Juri_Uluots, lk 12
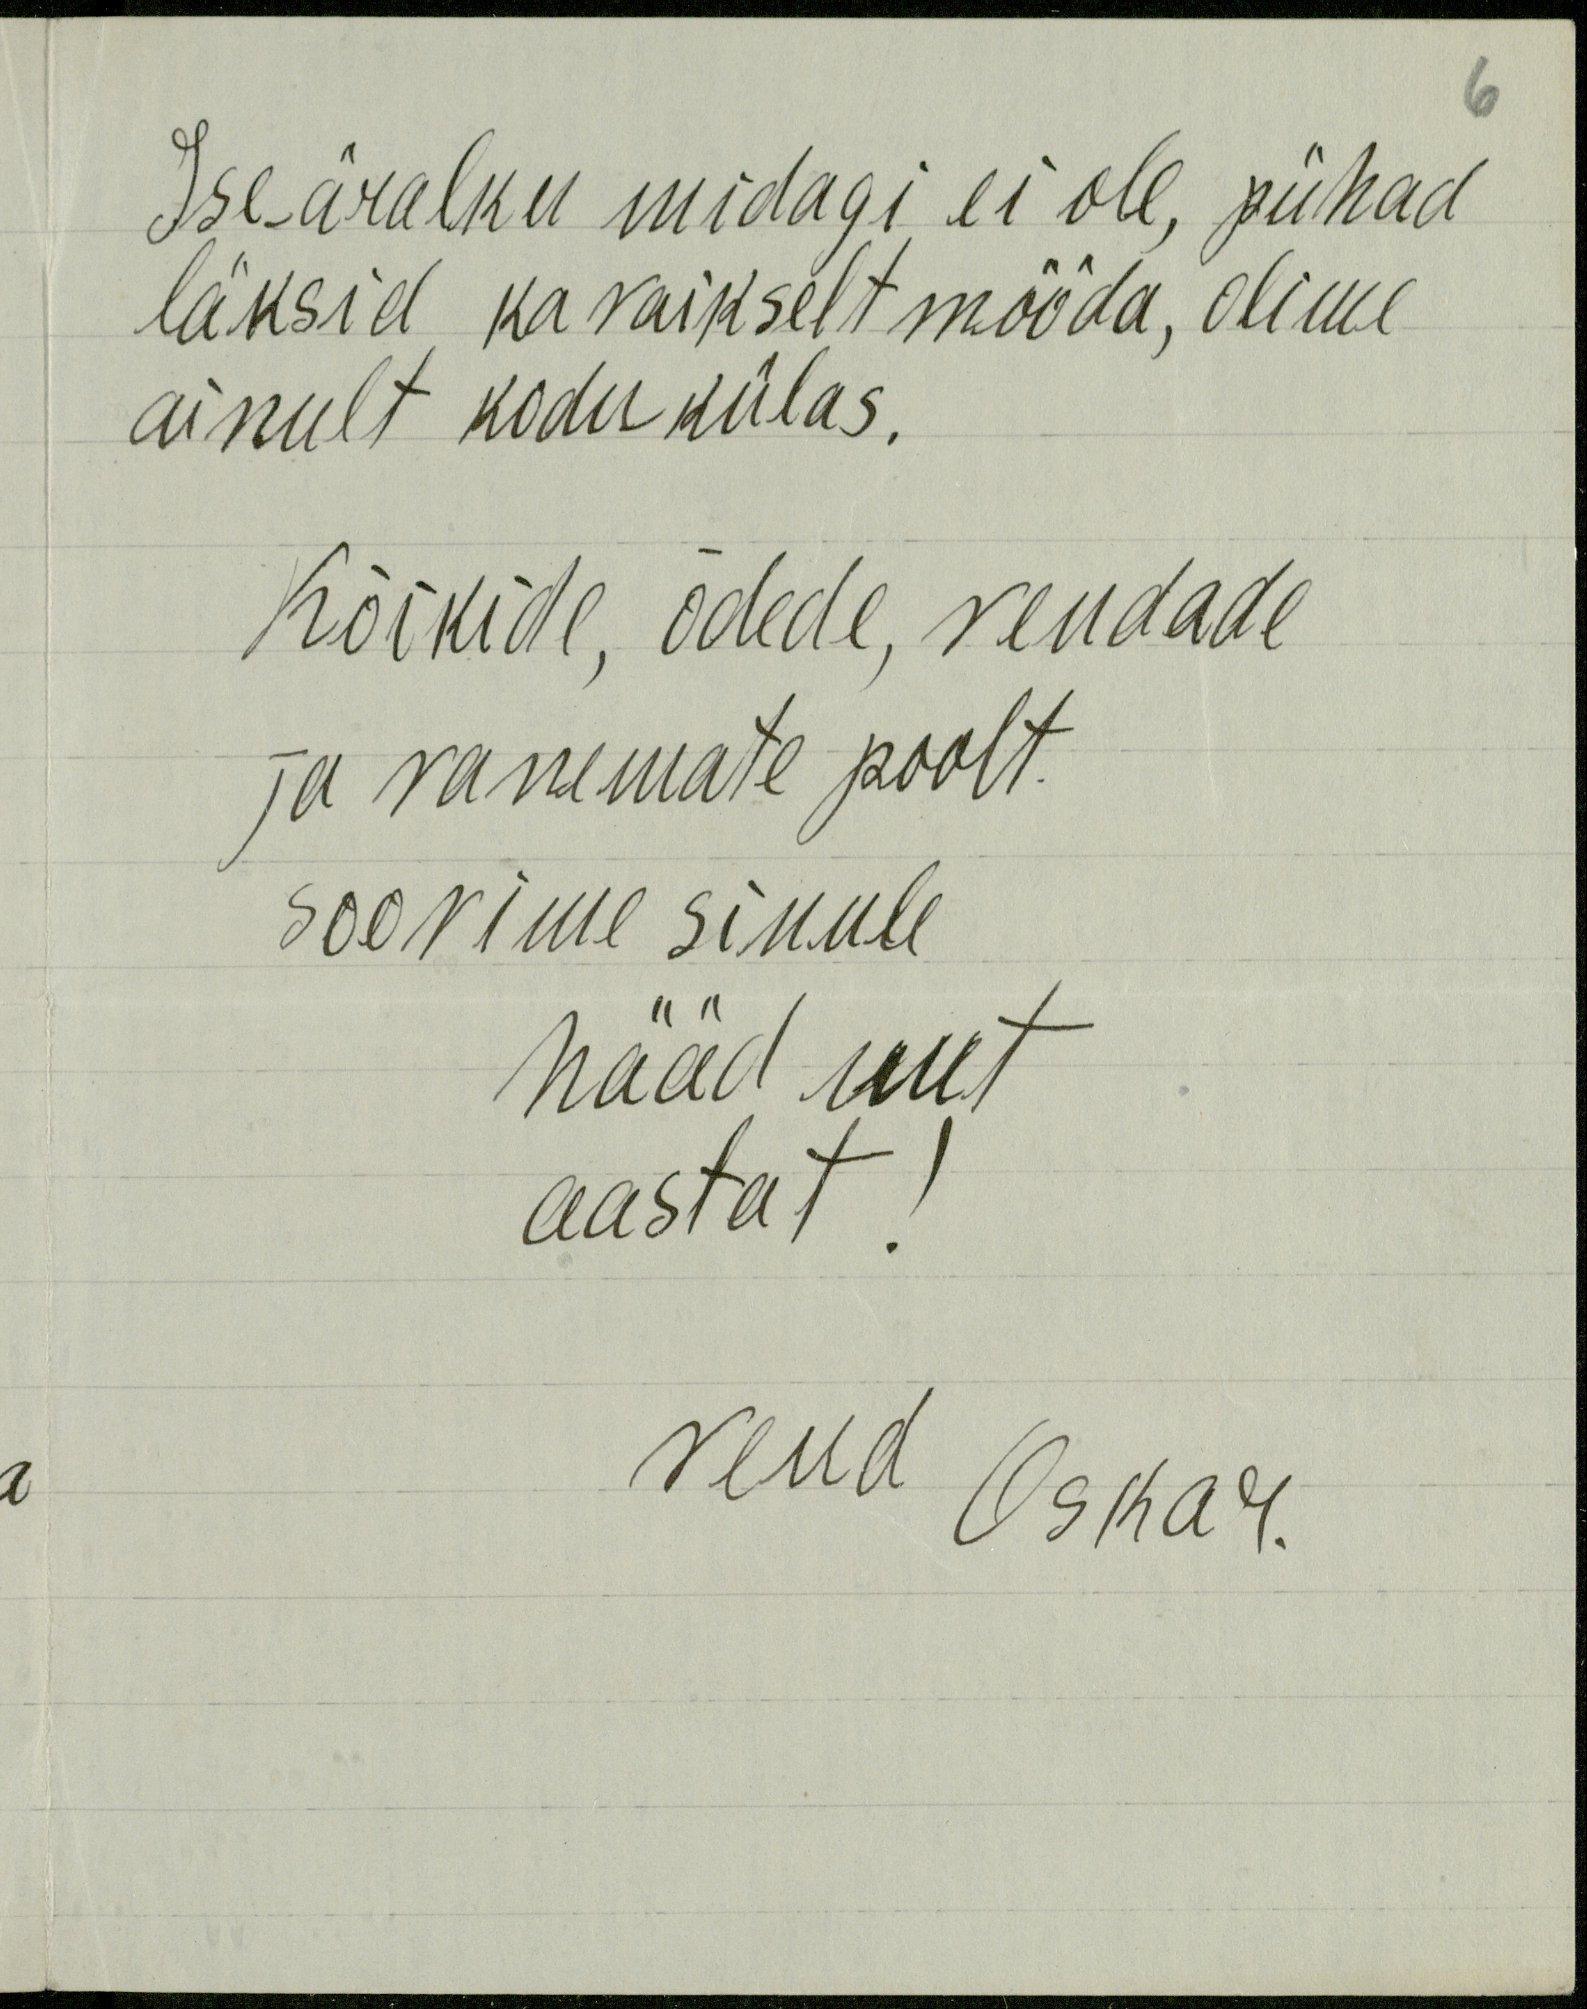
Iseäralku midagi ei ole, pühad
läksid ka vaikselt mööda, olime
ainult kodukülas.
Kõikide, õdede, vendade
ja vanemate poolt.
soovime sinule
hääd uut
aastat!
vend
Oskar.